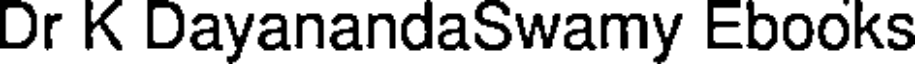
Dr K DayanandaSwamy Ebooks